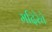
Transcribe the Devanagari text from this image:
मदिरेचे